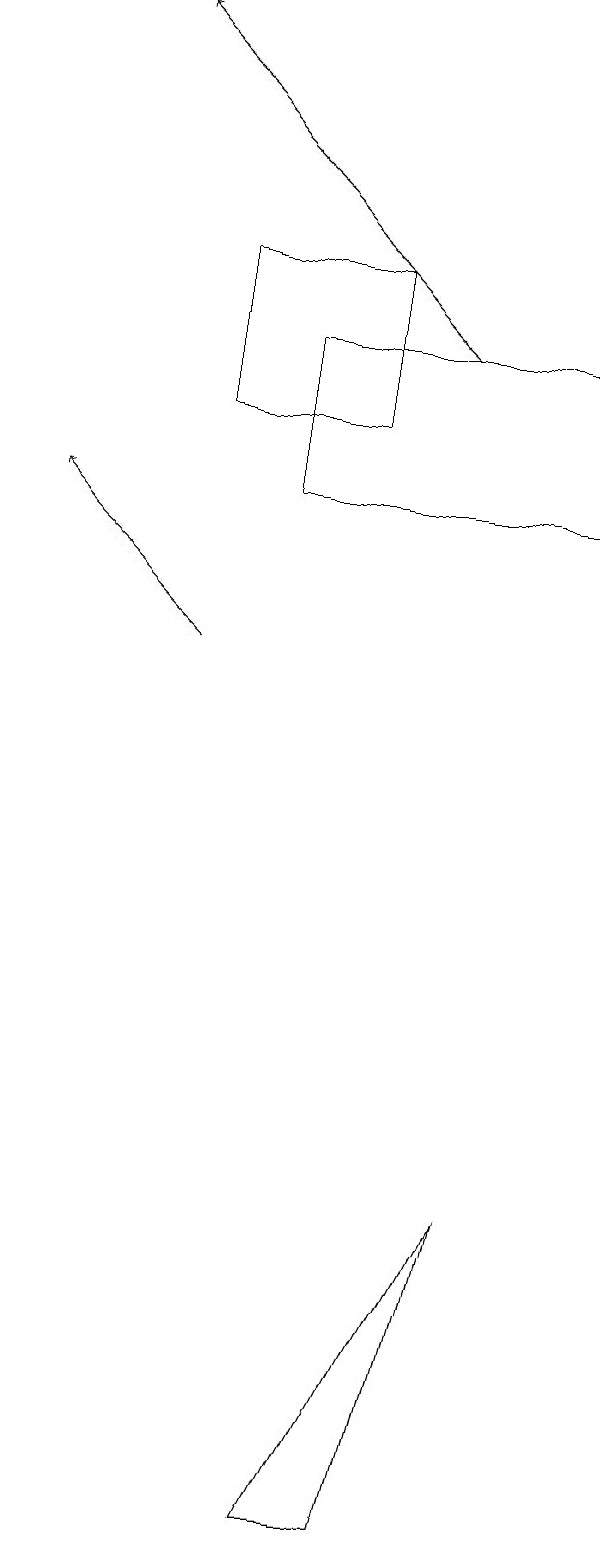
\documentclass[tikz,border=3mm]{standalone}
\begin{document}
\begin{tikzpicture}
\draw[->] (6,15) -- (2,19);
\draw (8,15) rectangle (4,13);
\draw (6,0) -- (7,4) -- (5,0) -- cycle;
\draw[->] (3,11) -- (1,13);
\draw (5,16) rectangle (3,14);
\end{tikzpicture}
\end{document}